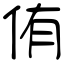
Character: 侑